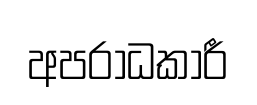
අපරාධකාරී